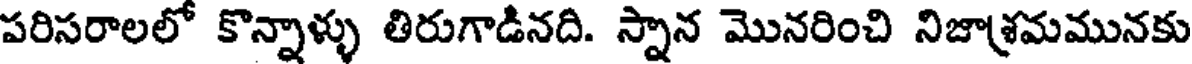
పరిసరాలలో కొన్నాళ్ళు తిరుగాడినది. స్నాన మొనరించి నిజాశ్రమమునకు